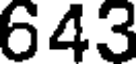
643